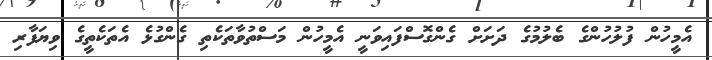
އެމީހުން ފުލުހުންގެ ބެލުމުގެ ދަށަށް ގެންގޮސްފައިވަނީ އެމީހުން މަސްތުވާތަކެތި ގެންގުޅެ އެތަކެތީގެ ވިޔަފާރި